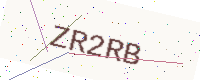
Text: ZR2RB